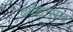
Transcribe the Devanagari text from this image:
वर्गशासन